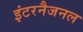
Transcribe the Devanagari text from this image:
इंटरनैजनल